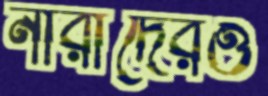
নারীদেরও